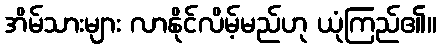
အိမ်သားများ လာနိုင်လိမ့်မည်ဟု ယုံကြည်၏။